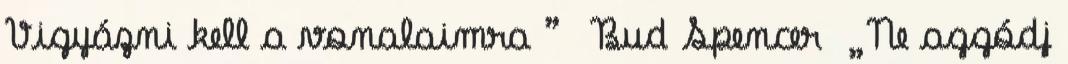
Vigyázni kell a vonalaimra ” Bud Spencer „Ne aggódj